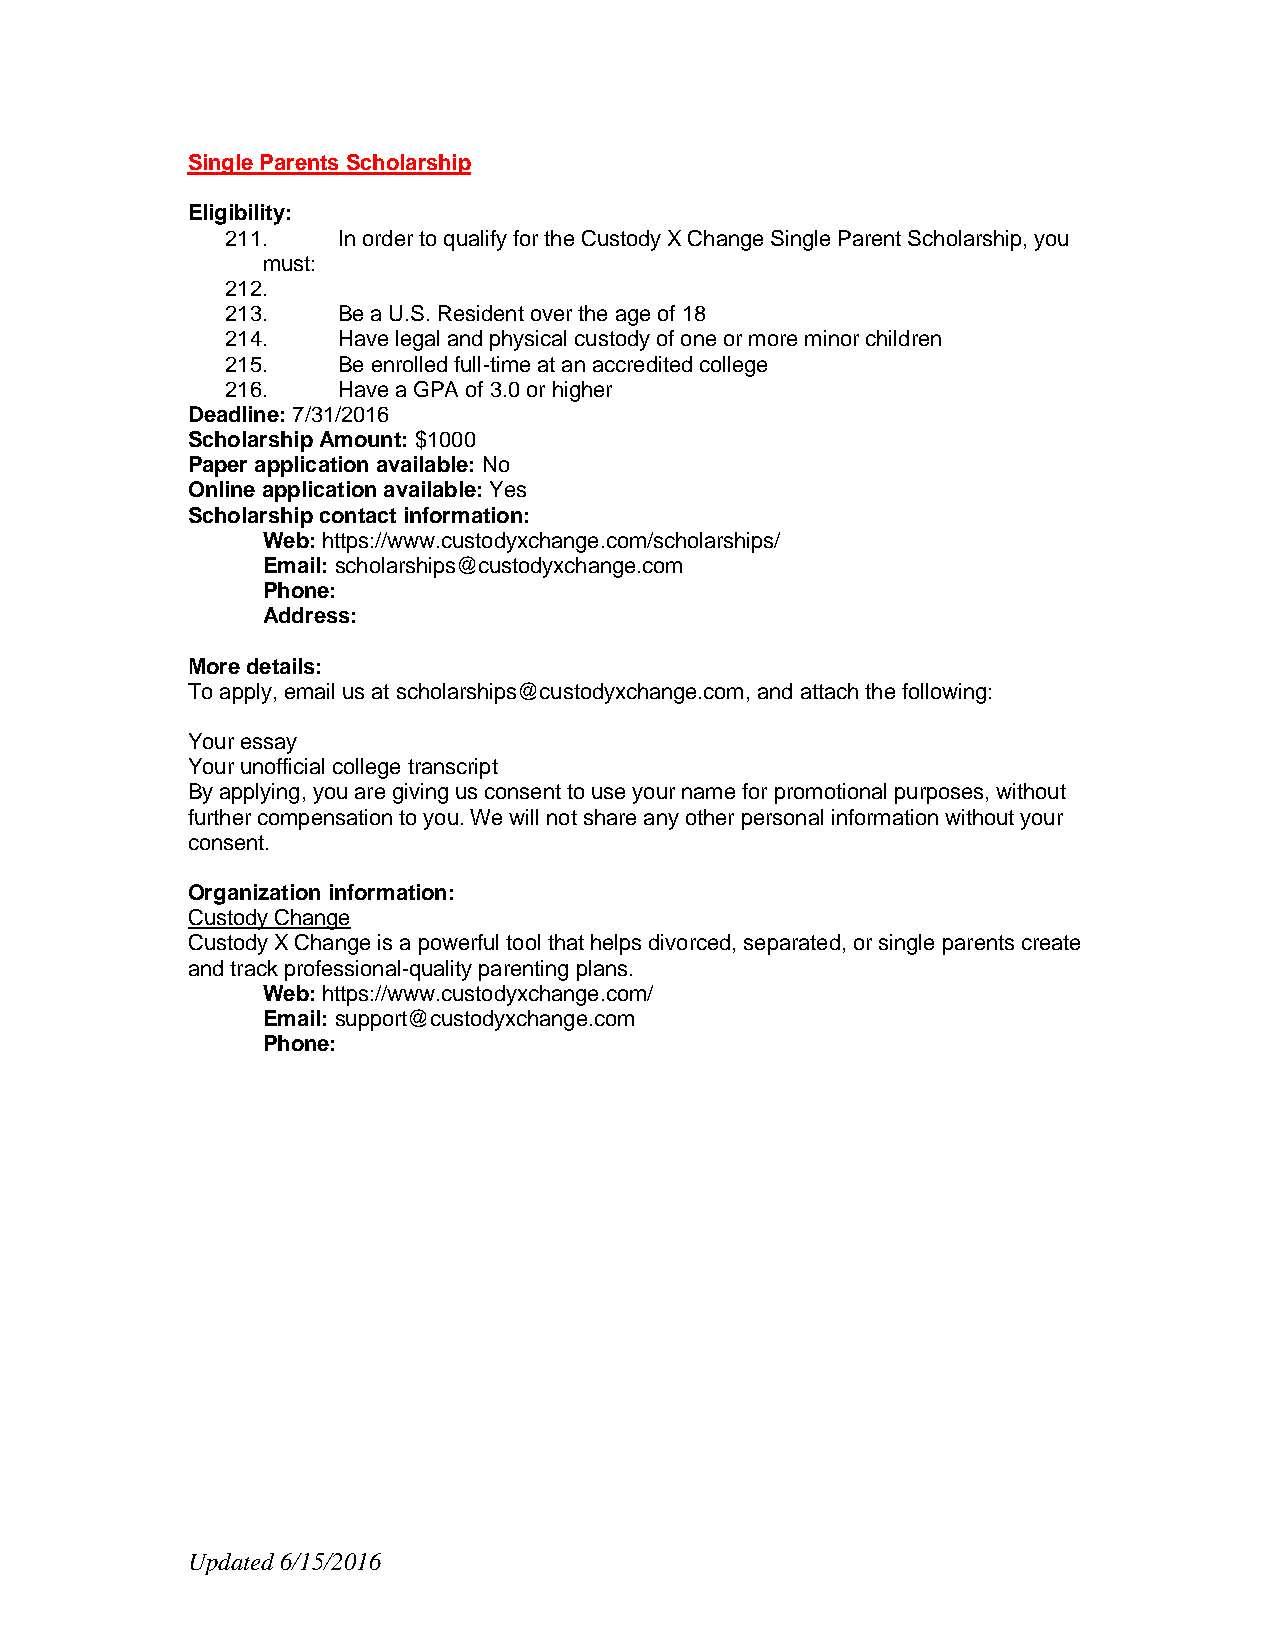
Single Parents Scholarship
 Eligibility:
 211.   In order to qualify for the Custody X Change Single Parent Scholarship, you
 must:
 212.
 213.   Be a U.S. Resident over the age of 18
 214.   Have legal and physical custody of one or more minor children
 215.   Be enrolled full-time at an accredited college
 216.   Have a GPA of 3.0 or higher
 Deadline: 7/31/2016
 Scholarship Amount: $1000
 Paper application available: No
 Online application available: Yes
 Scholarship contact information:
 Web: https://www.custodyxchange.com/scholarships/
 Email: scholarships@custodyxchange.com
 Phone:
 Address:
 More details:
 To apply, email us at scholarships@custodyxchange.com, and attach the following:
 Your essay
 Your unofficial college transcript
 By applying, you are giving us consent to use your name for promotional purposes, without
 further compensation to you. We will not share any other personal information without your
 consent.
 Organization information:
 Custody Change
 Custody X Change is a powerful tool that helps divorced, separated, or single parents create
 and track professional-quality parenting plans.
 Web: https://www.custodyxchange.com/
 Email: support@custodyxchange.com
 Phone:
 Updated 6/15/2016